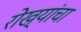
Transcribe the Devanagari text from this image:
रोख्यांचा